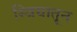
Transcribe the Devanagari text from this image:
स्त्रियातून